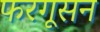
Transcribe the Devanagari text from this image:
फरगूसन